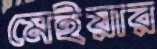
মেইয়ার